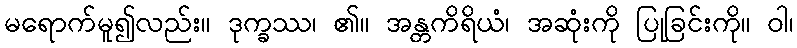
မရောက်မူ၍လည်း။ ဒုက္ခဿ၊ ၏။ အန္တကိရိယံ၊ အဆုံးကို ပြုခြင်းကို။ ဝါ၊